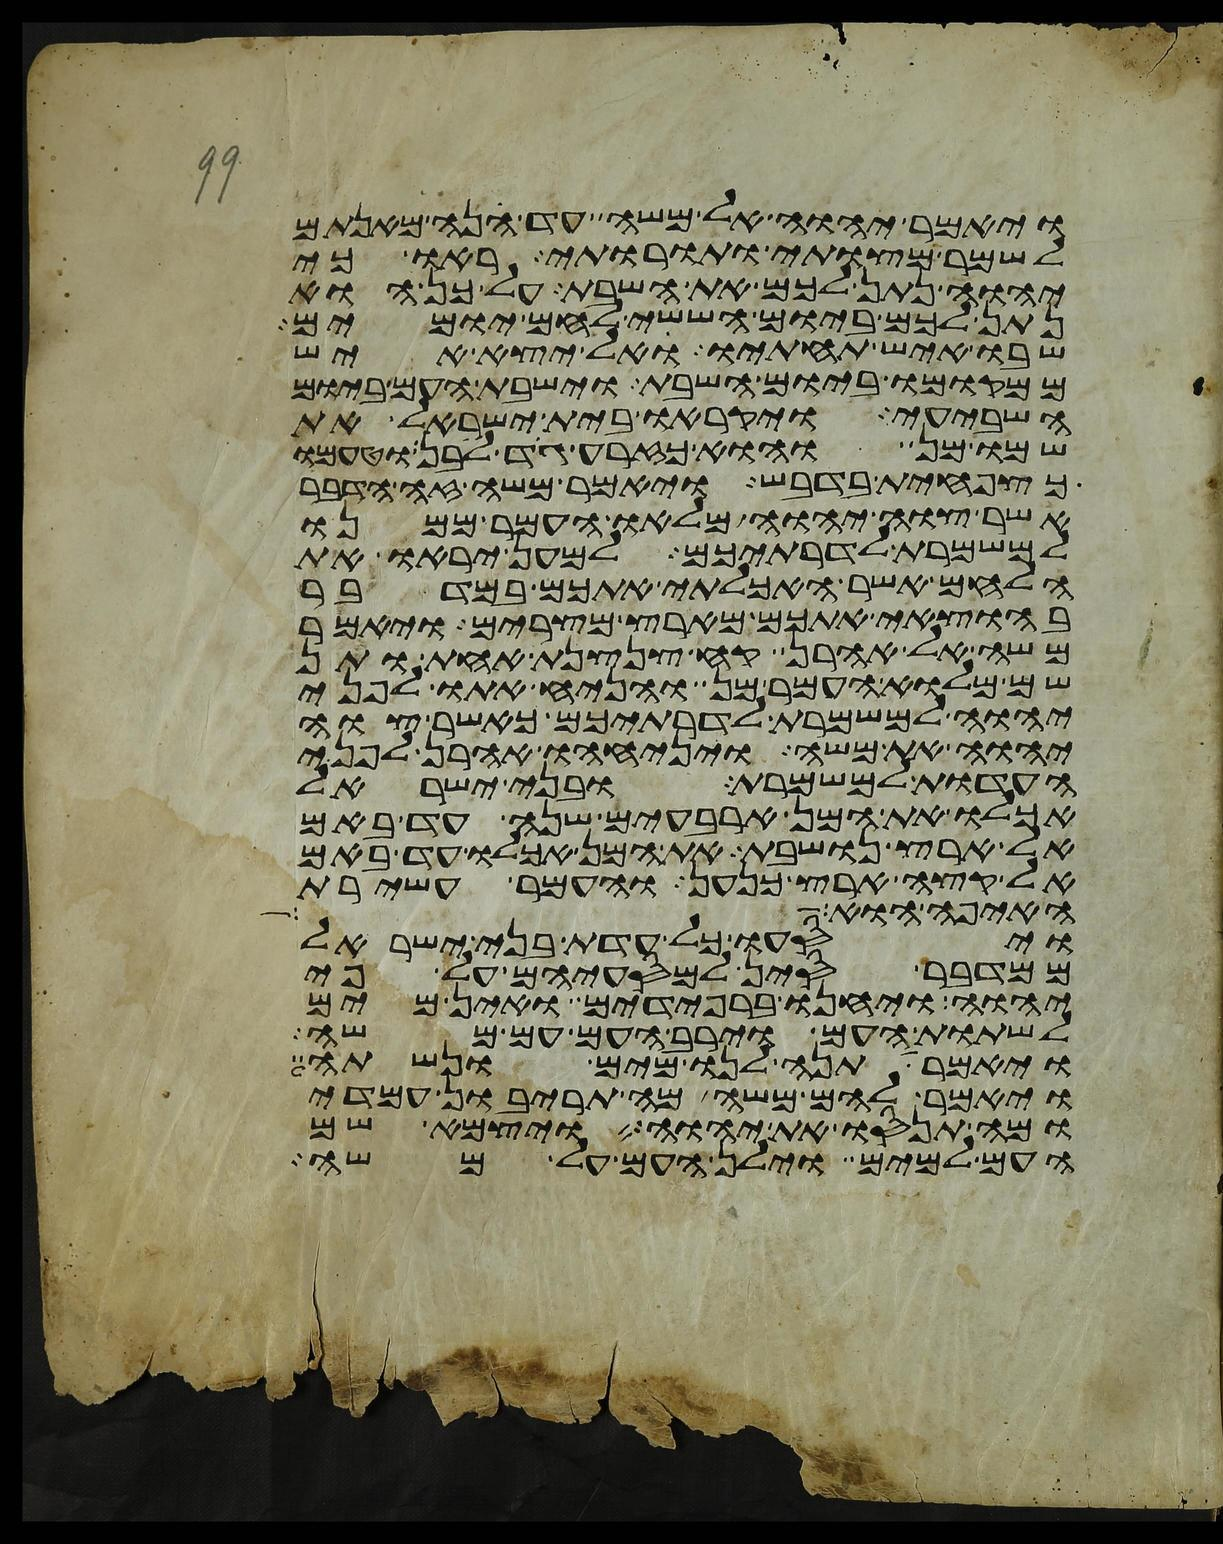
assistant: ויאמר יהוה אל משה עד הנה מאנתם
לשמר מצותי ותורותי ראו כי
יהוה נתן לכם את השבת על כן הוא
נתן לכם ביום הששי לחם יומים
שבו איש תחתיו אל יצא איש
ממקומו ביום השבת וישבת העם ביום
השביעי ויקראו בית ישראל את
שמו מן והוא כזרע גד לבן וטעמו
כצפחית בדבש ויאמר משה זה הדבר
אשר צוה יהוה מלאו העמר ממנו
למשמרת לדרתיכם למען יראו את
הלחם אשר האכלתי אתכם במדבר
בהוצאי אתכם מארץ מצרים ויאמר
משה אל אהרן קח צנצנת אחת ותן
שם מלוא העמר מן והניח אתו לפני
יהוה למשמרת לדרתיכם כאשר צוה
יהוה את משה ויניחהו אהרן לפני
העדות למשמרת ובני ישראל
אכלו את המן ארבעים שנה עד באם
אל ארץ נושבת את המן אכלו עד באם
אל קצה ארץ כנען והעמר עשירת
האיפה הוא
ויסעו כל עדת בני ישראל
ממדבר סין למסעיהם על פי
יהוה ויחנו ברפידים ואין מים
לשתות העם וירב העם עם משה
ויאמר תנה לנו מים ונשתה
ויאמר להם משה מה תריבון עמדי
ומה תנסו את יהוה ויצמא שם
העם למים וילן העם על משה